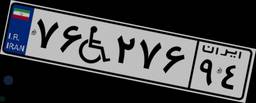
۷۶W۲۷۶۹۴